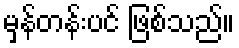
မှန်တန်းပင် ဖြစ်သည်။